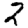
Digit: 2